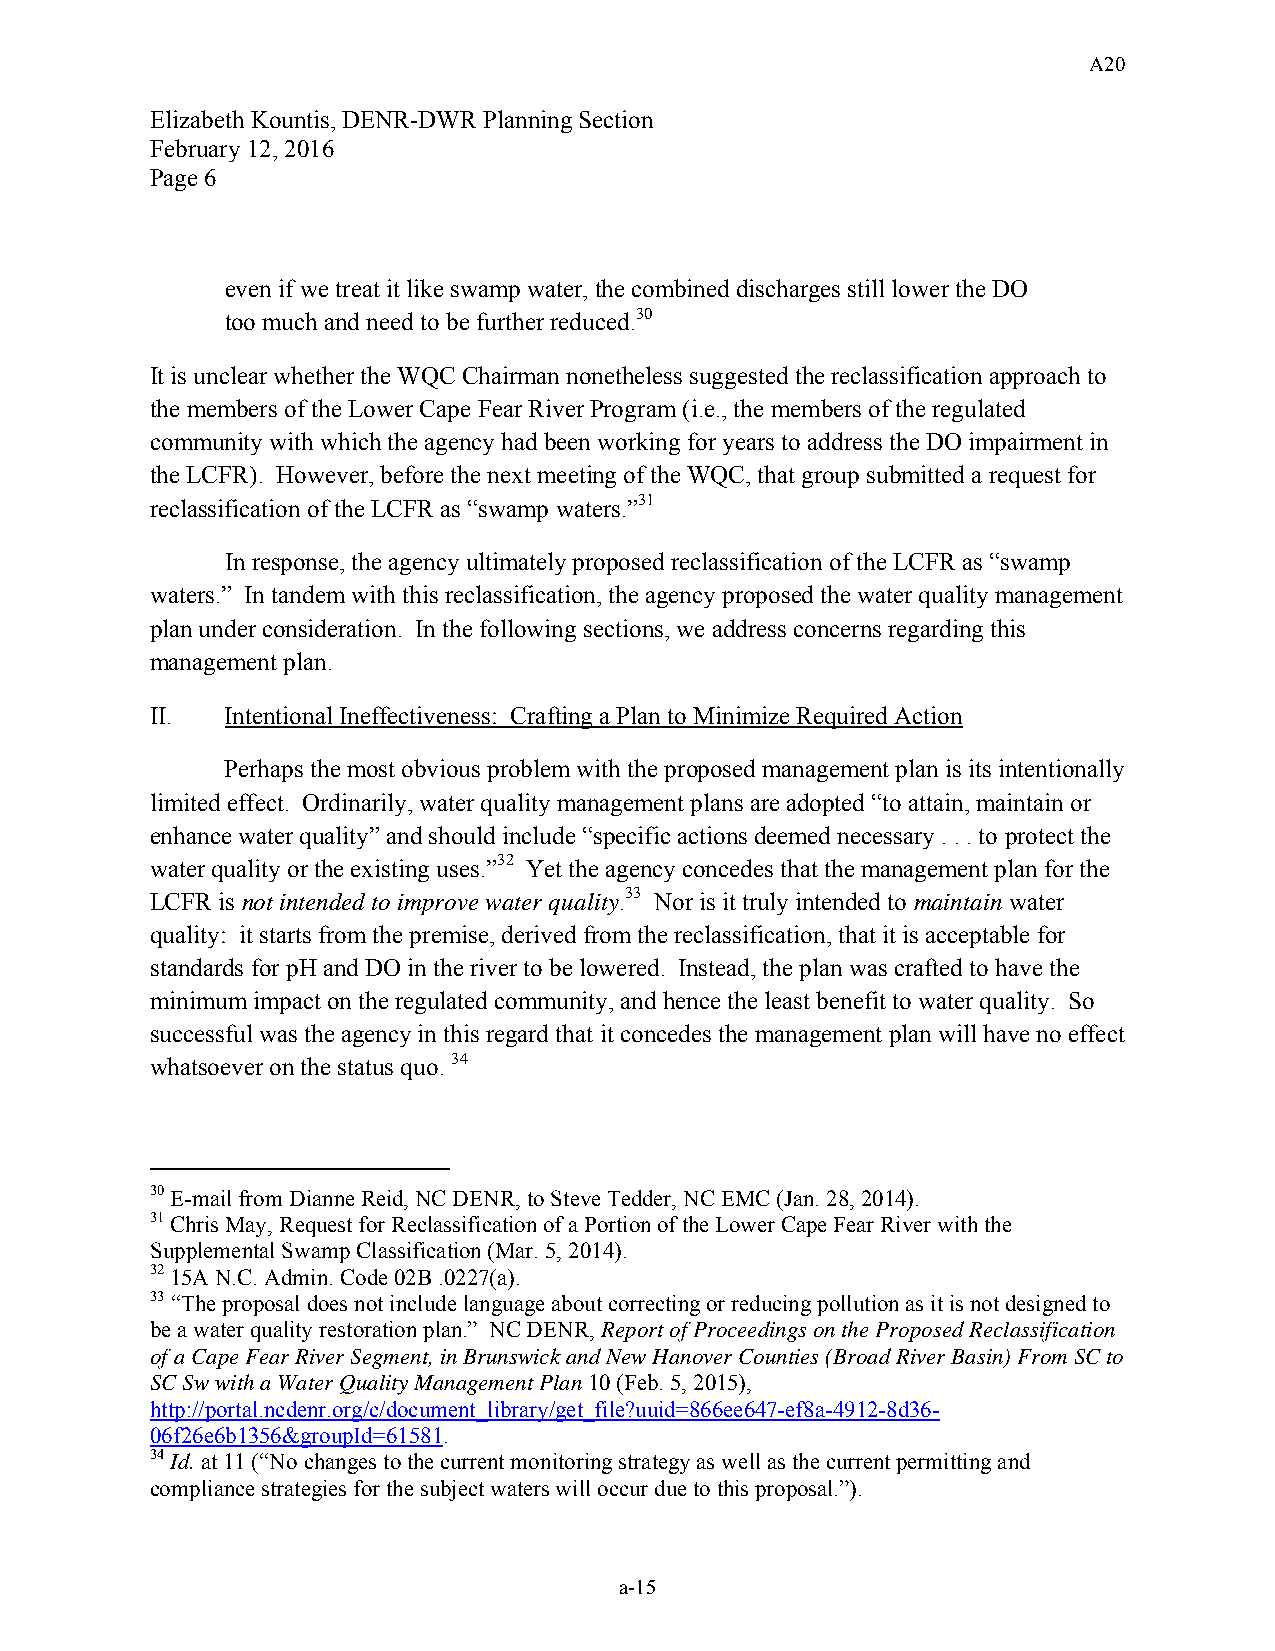
A20
 Elizabeth Kountis, DENR-DWR Planning Section
 February 12, 2016
 Page 6
 even if we treat it like swamp water, the combined discharges still lower the DO
 too much and need to be further reduced.30
 It is unclear whether the WQC Chairman nonetheless suggested the reclassification approach to
 the members of the Lower Cape Fear River Program (i.e., the members of the regulated
 community with which the agency had been working for years to address the DO impairment in
 the LCFR). However, before the next meeting of the WQC, that group submitted a request for
 reclassification of the LCFR as “swamp waters.”31
 In response, the agency ultimately proposed reclassification of the LCFR as “swamp
 waters.” In tandem with this reclassification, the agency proposed the water quality management
 plan under consideration. In the following sections, we address concerns regarding this
 management plan.
 II.  Intentional Ineffectiveness: Crafting a Plan to Minimize Required Action
 Perhaps the most obvious problem with the proposed management plan is its intentionally
 limited effect. Ordinarily, water quality management plans are adopted “to attain, maintain or
 enhance water quality” and should include “specific actions deemed necessary . . . to protect the
 water quality or the existing uses.”32 Yet the agency concedes that the management plan for the
 LCFR is not intended to improve water quality.33 Nor is it truly intended to maintain water
 quality: it starts from the premise, derived from the reclassification, that it is acceptable for
 standards for pH and DO in the river to be lowered. Instead, the plan was crafted to have the
 minimum impact on the regulated community, and hence the least benefit to water quality. So
 successful was the agency in this regard that it concedes the management plan will have no effect
 whatsoever on the status quo. 34
 30 E-mail from Dianne Reid, NC DENR, to Steve Tedder, NC EMC (Jan. 28, 2014).
 31 Chris May, Request for Reclassification of a Portion of the Lower Cape Fear River with the
 Supplemental Swamp Classification (Mar. 5, 2014).
 32 15A N.C. Admin. Code 02B .0227(a).
 33 “The proposal does not include language about correcting or reducing pollution as it is not designed to
 be a water quality restoration plan.” NC DENR, Report of Proceedings on the Proposed Reclassification
 of a Cape Fear River Segment, in Brunswick and New Hanover Counties (Broad River Basin) From SC to
 SC Sw with a Water Quality Management Plan 10 (Feb. 5, 2015),
 http://portal.ncdenr.org/c/document_library/get_file?uuid=866ee647-ef8a-4912-8d36-
 06f26e6b1356&groupId=61581.
 34 Id. at 11 (“No changes to the current monitoring strategy as well as the current permitting and
 compliance strategies for the subject waters will occur due to this proposal.”).
 a-15